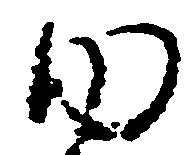
ゆ